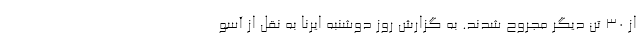
از ۳۰ تن دیگر مجروح شدند. به گزارش روز دوشنبه ایرنا به نقل از آسو